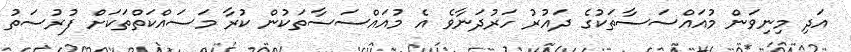
އަދި މިނިވަން މުއައްސަސާތަކުގެ ދައުރު ހަރުދަނާވެ އެ މުއައްސަސާތަކުން ކުރާ މަސައްކަތްތަކަށް ފުރުސަތު